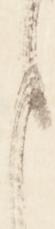
ま